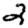
Digit: 2